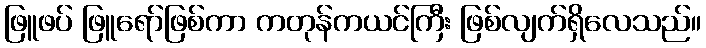
ဖြူဖပ် ဖြူရော်ဖြစ်ကာ ကတုန်ကယင်ကြီး ဖြစ်လျက်ရှိလေသည်။